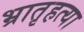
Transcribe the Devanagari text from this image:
भ्रातृहत्या